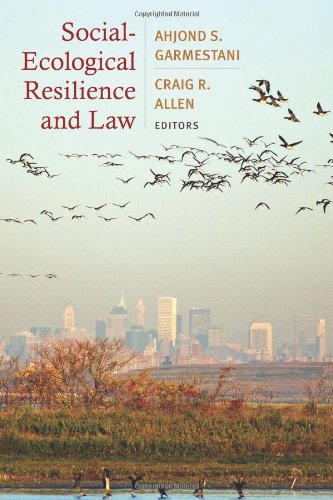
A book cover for Social-Ecological Resilience and Law; Law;